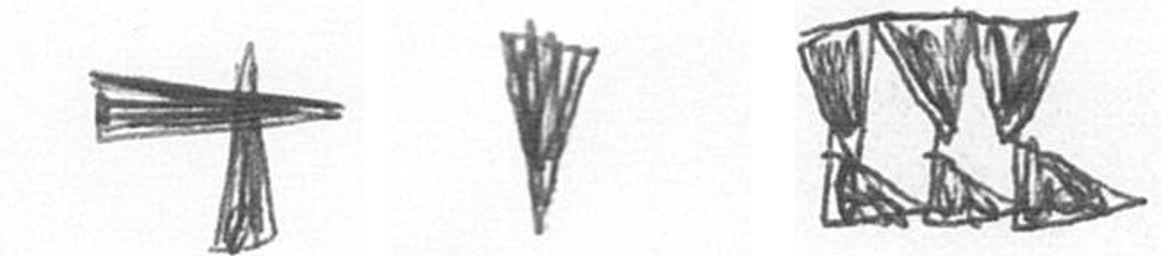
G J D